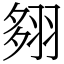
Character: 翗